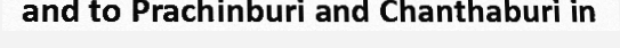
and to Prachinburi and Chanthaburi in